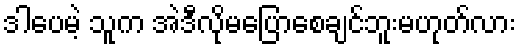
ဒါပေမဲ့ သူက အဲဒီလိုမပြောစေချင်ဘူးမဟုတ်လား